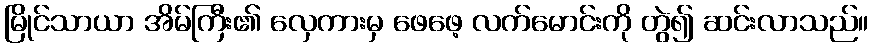
မြိုင်သာယာ အိမ်ကြီး၏ လှေကားမှ ဖေဖေ့ လက်မောင်းကို တွဲ၍ ဆင်းလာသည်။